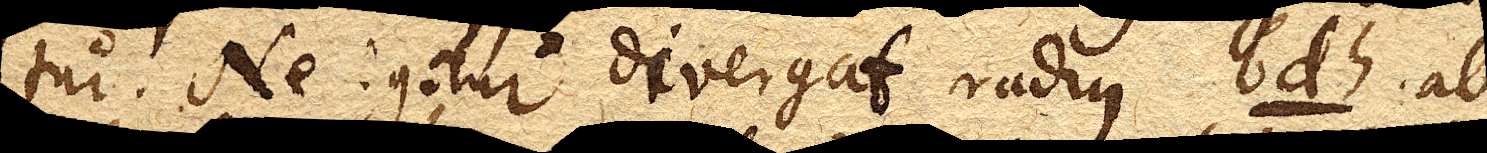
tur. Ne igitur divergat radius bdh. ab